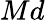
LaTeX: Md